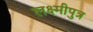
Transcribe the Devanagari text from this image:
लक्ष्मीपुत्र